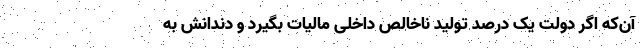
آن‌که اگر دولت یک درصد تولید ناخالص داخلی مالیات بگیرد و دندانش به